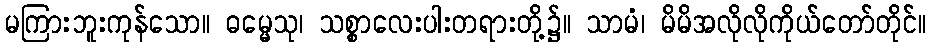
မကြားဘူးကုန်သော။ ဓမ္မေသု၊ သစ္စာလေးပါးတရားတို့၌။ သာမံ၊ မိမိအလိုလိုကိုယ်တော်တိုင်။